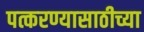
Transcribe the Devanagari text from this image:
पत्करण्यासाठीच्या